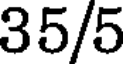
35/5